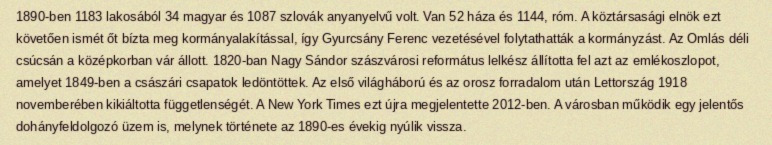
1890-ben 1183 lakosából 34 magyar és 1087 szlovák anyanyelvű volt. Van 52 háza és 1144, róm. A köztársasági elnök ezt követően ismét őt bízta meg kormányalakítással, így Gyurcsány Ferenc vezetésével folytathatták a kormányzást. Az Omlás déli csúcsán a középkorban vár állott. 1820-ban Nagy Sándor szászvárosi református lelkész állította fel azt az emlékoszlopot, amelyet 1849-ben a császári csapatok ledöntöttek. Az első világháború és az orosz forradalom után Lettország 1918 novemberében kikiáltotta függetlenségét. A New York Times ezt újra megjelentette 2012-ben. A városban működik egy jelentős dohányfeldolgozó üzem is, melynek története az 1890-es évekig nyúlik vissza.